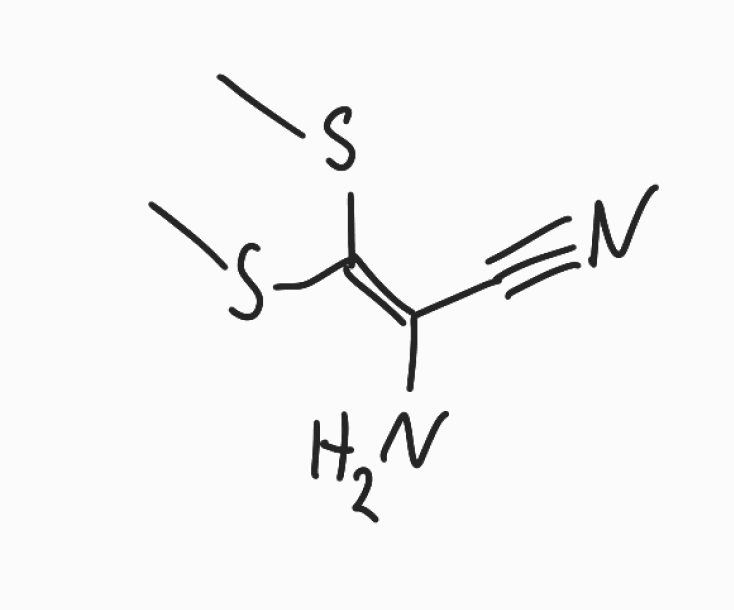
Simplified molecular-input line-entry system (SMILES) notation of the given molecule:
CSC(=C(C#N)N)SC